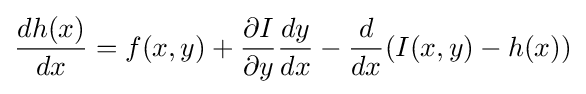
{dh(x) \over dx}=f(x,y)+{\partial I \over \partial y}{dy \over dx}-{d \over dx}(I(x,y)-h(x))